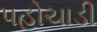
પહોચાડી